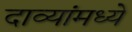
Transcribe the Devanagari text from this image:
दाव्यांमध्ये